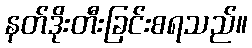
နတ်ဒိုးတီးခြင်းစရသည်။